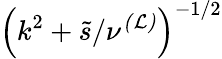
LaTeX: \left(k^{2}+\tilde{s}/\nu^{\mathcal{(L)}}\right)^{-1/2}